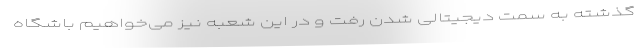
گذشته به سمت دیجیتالی شدن رفت و در این شعبه نیز می‌خواهیم باشگاه